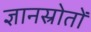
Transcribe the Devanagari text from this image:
ज्ञानस्रोतों